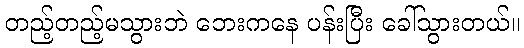
တည့်တည့်မသွားဘဲ ဘေးကနေ ပန်းပြီး ခေါ်သွားတယ်။